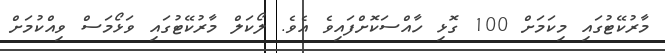
މާރުކޭޓުގައި މިކަަމަށް 100 ގޮޅި ހާއްސަކޮށްފައިވެ އެވެ. ލޯކަލް މާރުކޭޓުގައި ވަޅޯމަސް ވިއްކުމަށް